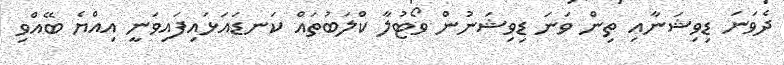
ދެވަނަ ޑިވިޝަނާއި ތިން ވަނަ ޑިވިޝަނުން ވޯޓުލާ ކްލަބުތައް ކަނޑައަޅައިފައިވަނީ އިއްޔެ ބޭއްވި